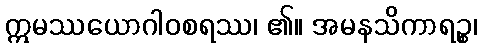
ဣမဿယောဂါဝစရဿ၊ ၏။ အမနသိကာရဉ္စ၊